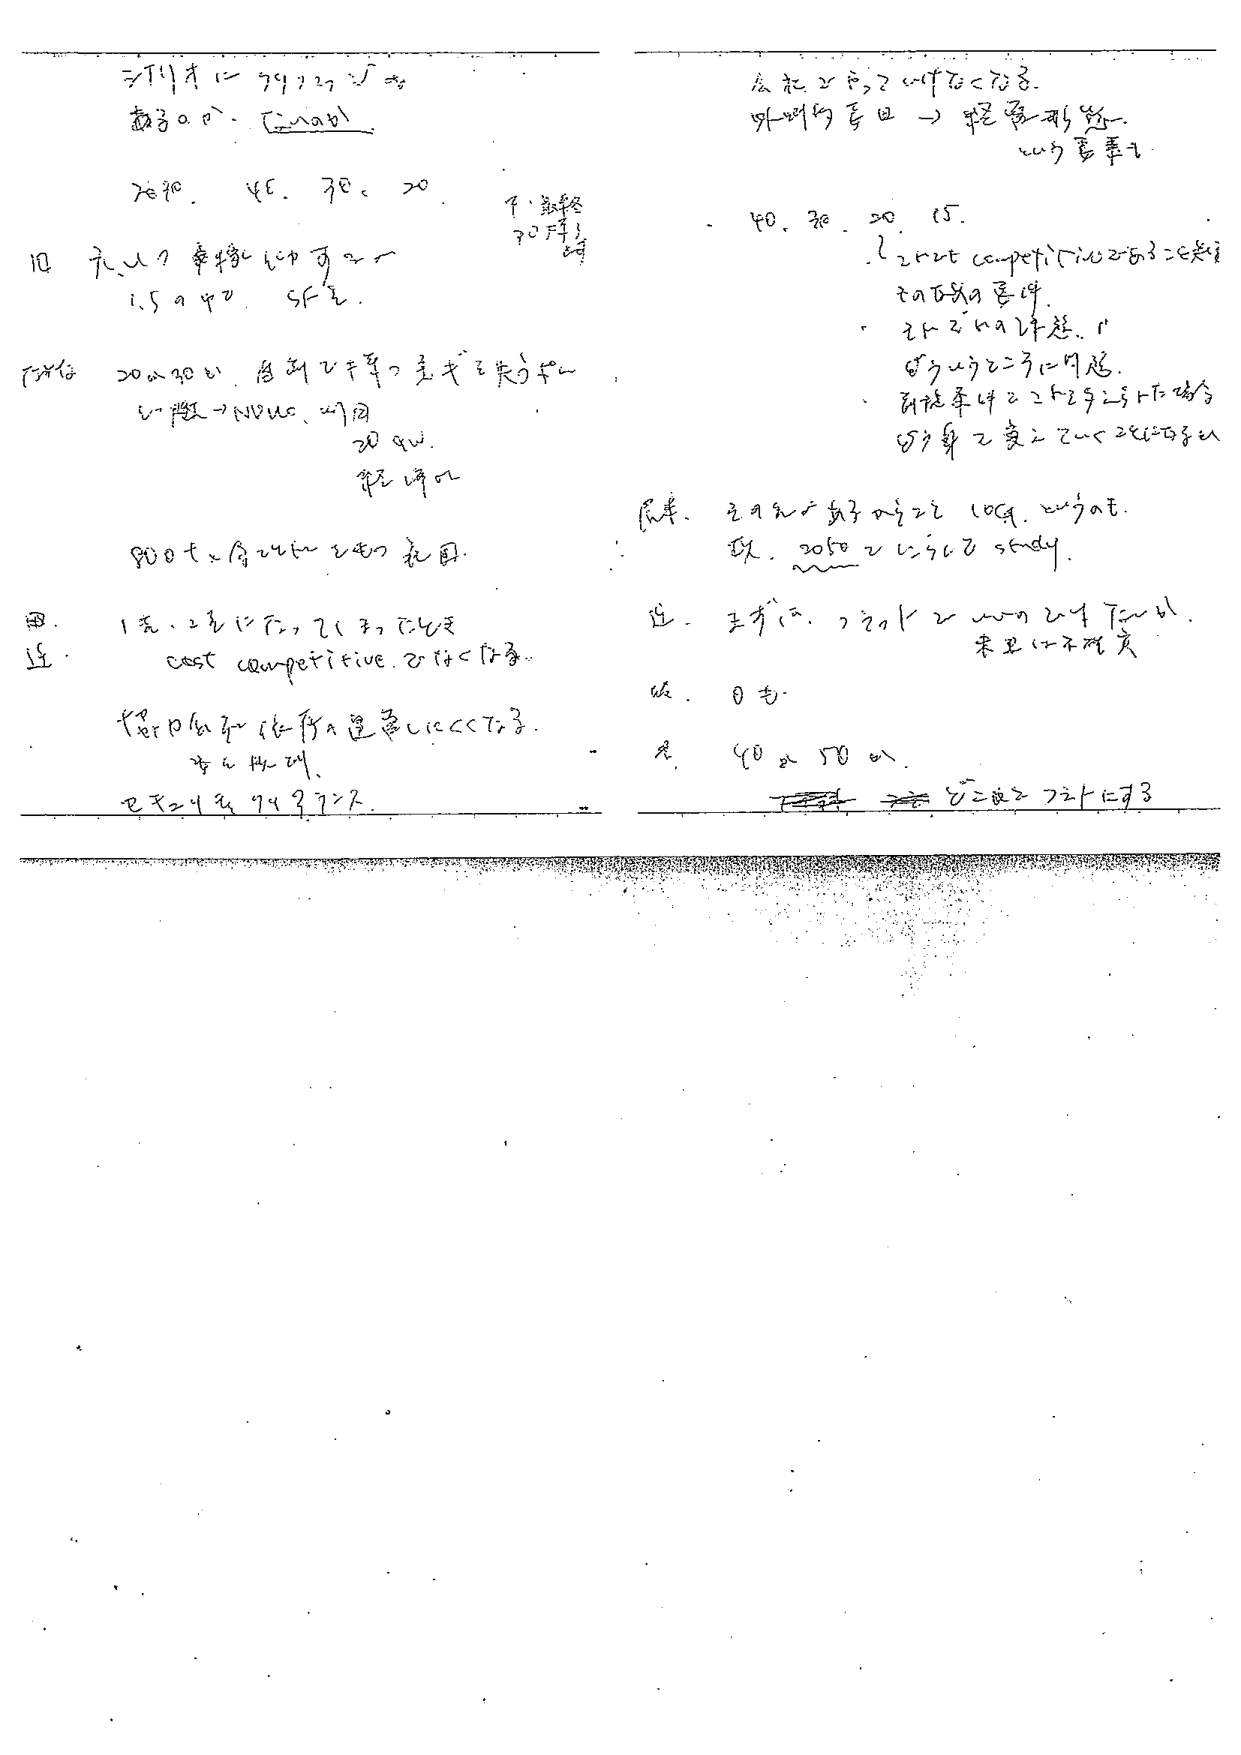
三月十一日 74, 27, 5, 8
教員の日、[Tama]

70, 40, 30, 20
下、最終
70, 54, 64

10. テストの準備について
1.5 の中で、5Fを。

下準備 20~40分、毎朝2年生の生徒を束ねて
いっしょに→NVC、47回
20分。
終了時2

900t×月24回で40回

四．1名、2名にたっついて、3名にたっついて
cost competitive. 2. はくはく

大部屋の予定（体育館）は、遅くとも2月23日。
本日確認。
セミナー予定 9月3日～7日。

会社の予定について
外出行事日 → 中途退職
という言葉を

40, 30, 20, 15.
- 2nd competitive 2-53 = 2名
- 2名の条件。
- 2-2の条件。
- どうして3に問題。
- 前提条件2-52号に上記の内容
- 50歳で変更して2名に変更

[履歴] 2月から始まり2022年10月、2ヶ月目。
[現状] 2050年2月からstudy。

近：王が、2012年から2017年まで。
来年は不確定。

仮：0名。

名：40 or 50名。
[下線] 2022年7月1日～7月3日